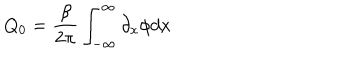
Q _ { 0 } = \frac { \beta } { 2 \pi } \int _ { - \infty } ^ { \infty } \partial _ { x } \phi d x